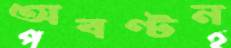
অবণ্টন